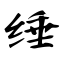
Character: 缍